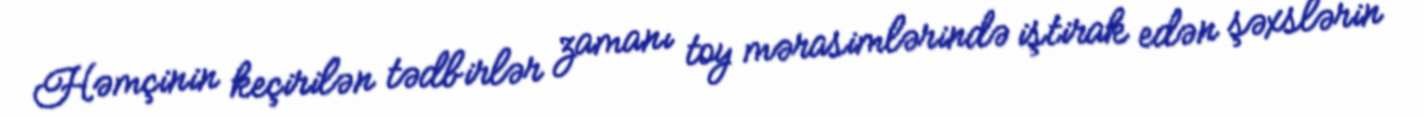
Həmçinin keçirilən tədbirlər zamanı toy mərasimlərində iştirak edən şəxslərin